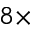
8 \times